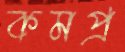
কমপ্র